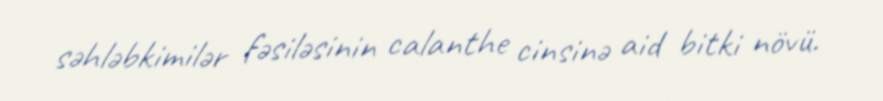
səhləbkimilər fəsiləsinin calanthe cinsinə aid bitki növü.